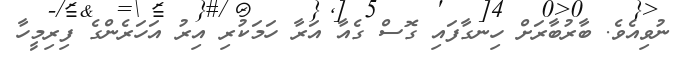
ނުވިއެވެ. ބާރުބާރަށް ހިނގާފައި ގޮސް ގެއާ އަރާ ހަމަކުރި އިރު އަހަރެންގެ ފިރިމީހާ